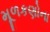
મૂળકણોના